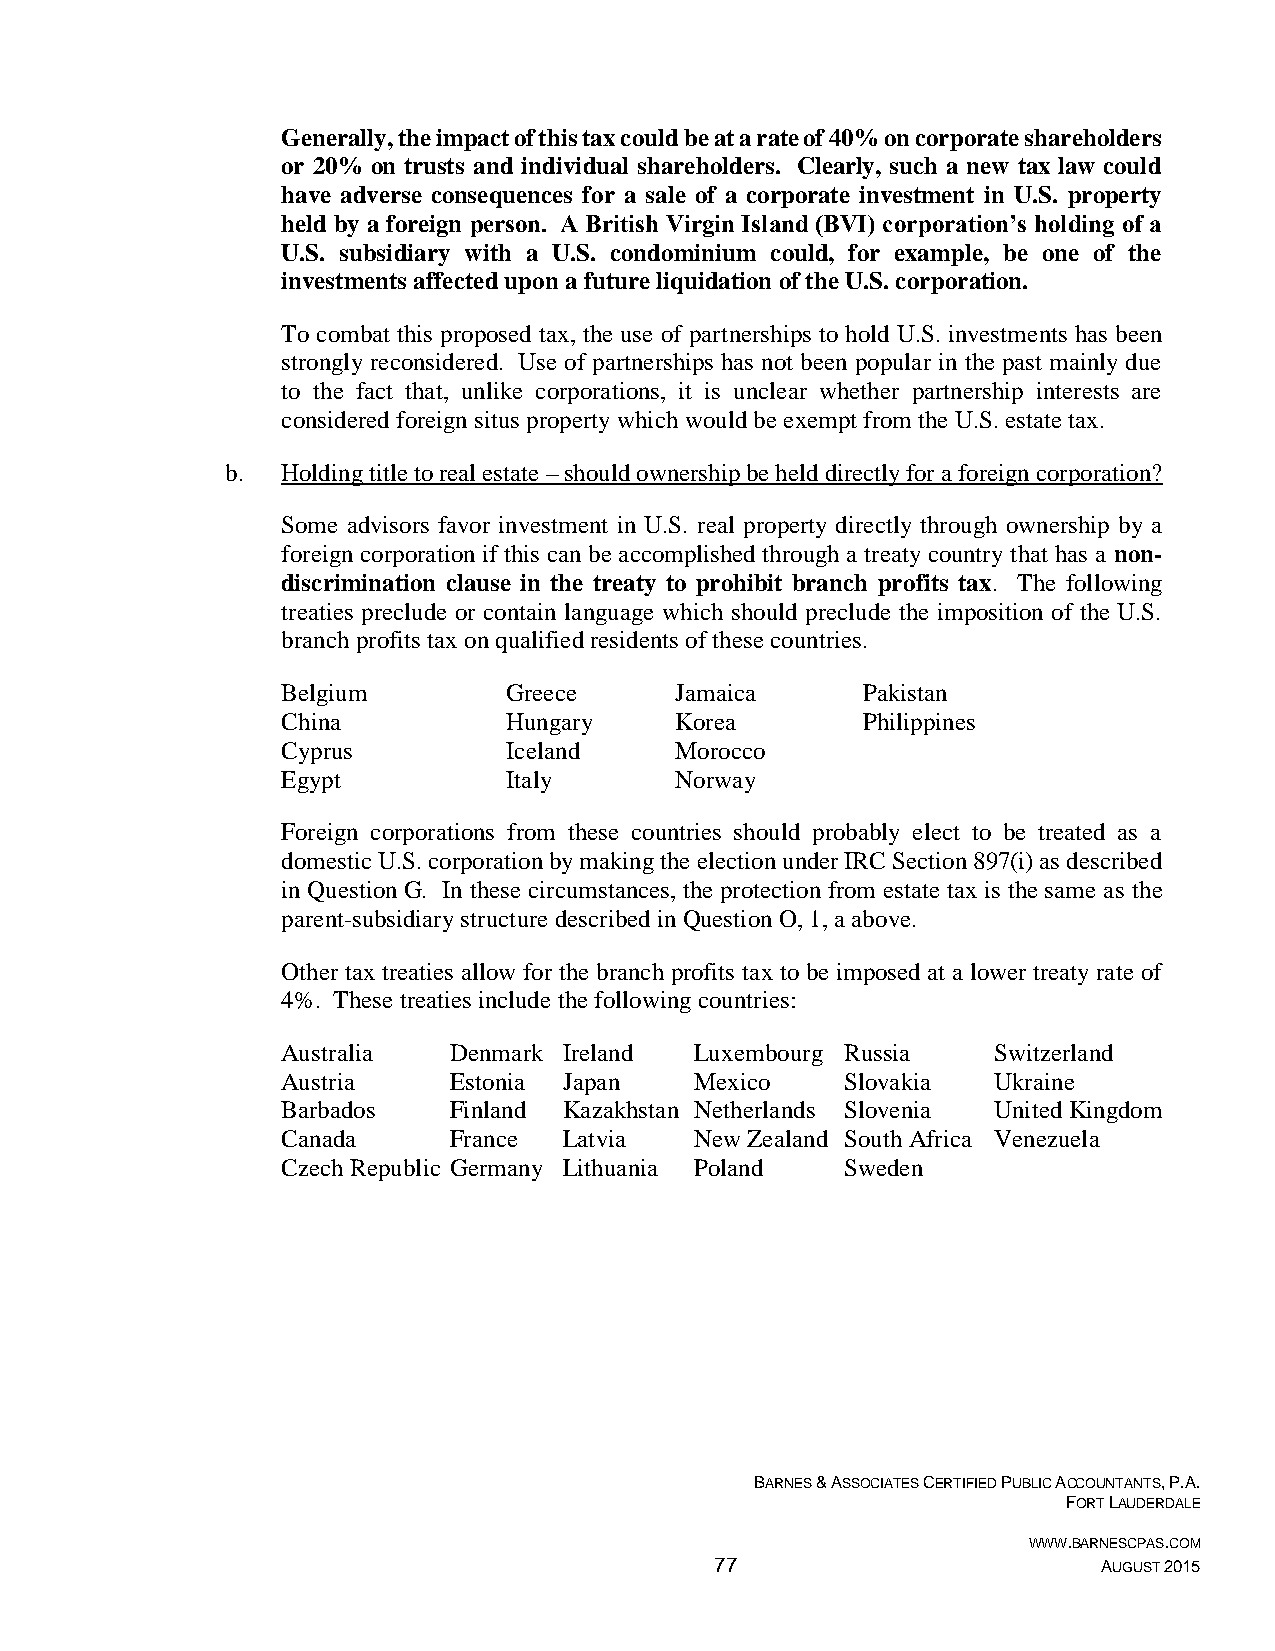
Generally, the impact of this tax could be at a rate of 40% on corporate shareholders
 or 20% on trusts and individual shareholders. Clearly, such a new tax law could
 have adverse consequences for a sale of a corporate investment in U.S. property
 held by a foreign person. A British Virgin Island (BVI) corporation’s holding of a
 U.S. subsidiary with a U.S. condominium could, for example, be one of the
 investments affected upon a future liquidation of the U.S. corporation.
 To combat this proposed tax, the use of partnerships to hold U.S. investments has been
 strongly reconsidered. Use of partnerships has not been popular in the past mainly due
 to the fact that, unlike corporations, it is unclear whether partnership interests are
 considered foreign situs property which would be exempt from the U.S. estate tax.
 b.  Holding title to real estate – should ownership be held directly for a foreign corporation?
 Some advisors favor investment in U.S. real property directly through ownership by a
 foreign corporation if this can be accomplished through a treaty country that has a non-
 discrimination clause in the treaty to prohibit branch profits tax. The following
 treaties preclude or contain language which should preclude the imposition of the U.S.
 branch profits tax on qualified residents of these countries.
 Belgium        Greece     Jamaica     Pakistan
 China          Hungary    Korea       Philippines
 Cyprus         Iceland    Morocco
 Egypt          Italy      Norway
 Foreign corporations from these countries should probably elect to be treated as a
 domestic U.S. corporation by making the election under IRC Section 897(i) as described
 in Question G. In these circumstances, the protection from estate tax is the same as the
 parent-subsidiary structure described in Question O, 1, a above.
 Other tax treaties allow for the branch profits tax to be imposed at a lower treaty rate of
 4%. These treaties include the following countries:
 Australia  Denmark Ireland Luxembourg Russia   Switzerland
 Austria    Estonia Japan   Mexico    Slovakia  Ukraine
 Barbados   Finland Kazakhstan Netherlands Slovenia United Kingdom
 Canada     France Latvia   New Zealand South Africa Venezuela
 Czech Republic Germany Lithuania Poland Sweden
 BARNES & ASSOCIATES CERTIFIED PUBLIC ACCOUNTANTS, P.A.
 FORT LAUDERDALE
 WWW.BARNESCPAS.COM
 77                        AUGUST 2015